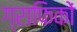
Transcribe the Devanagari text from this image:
ग्राफिकों